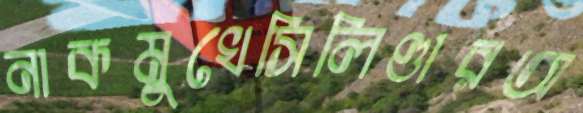
নাকমুখেসিলিণ্ডারঅ